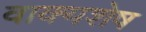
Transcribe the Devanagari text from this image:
वाक्यशेष